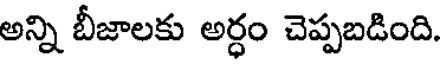
అన్ని బీజాలకు అర్ధం చెప్పబడింది.